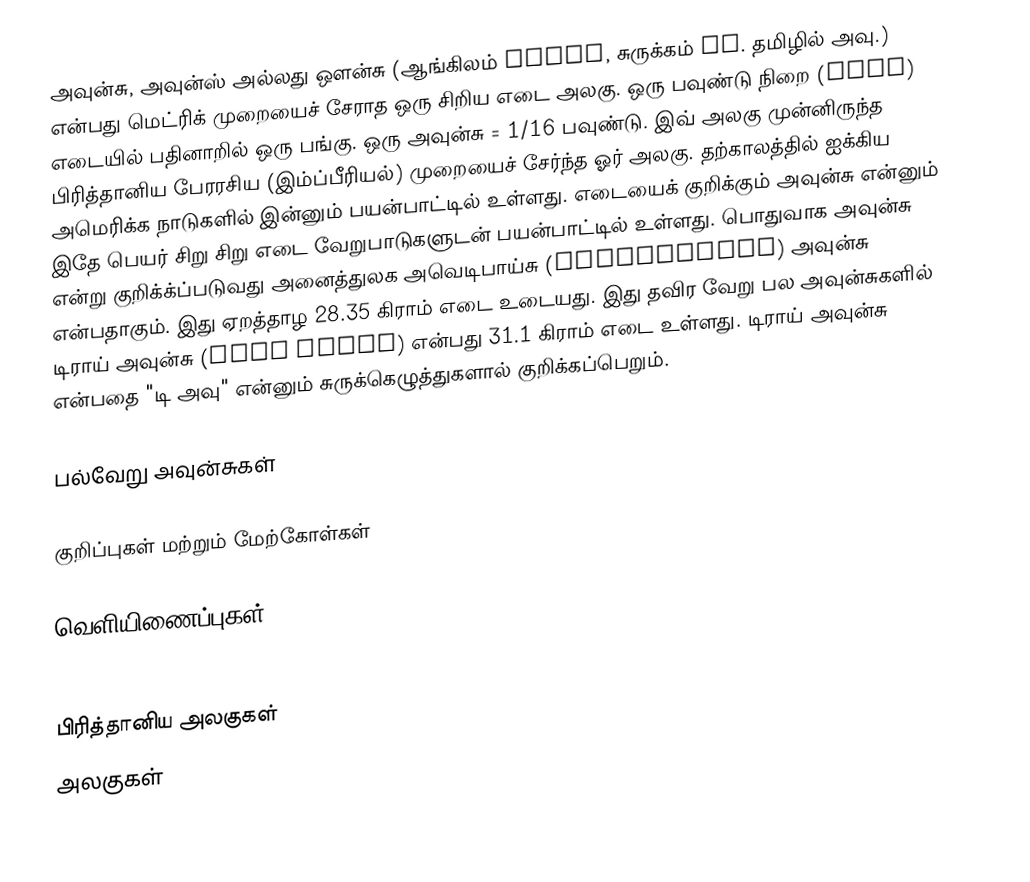
அவுன்சு, அவுன்ஸ் அல்லது ஔன்சு (ஆங்கிலம் ounce, சுருக்கம் oz. தமிழில் அவு.) என்பது மெட்ரிக் முறையைச் சேராத ஒரு சிறிய எடை அலகு. ஒரு பவுண்டு நிறை (mass) எடையில் பதினாறில் ஒரு பங்கு. ஒரு அவுன்சு = 1/16 பவுண்டு. இவ் அலகு முன்னிருந்த பிரித்தானிய பேரரசிய (இம்ப்பீரியல்) முறையைச் சேர்ந்த ஓர் அலகு. தற்காலத்தில் ஐக்கிய அமெரிக்க நாடுகளில் இன்னும் பயன்பாட்டில் உள்ளது. எடையைக் குறிக்கும் அவுன்சு என்னும் இதே பெயர் சிறு சிறு எடை வேறுபாடுகளுடன் பயன்பாட்டில் உள்ளது. பொதுவாக அவுன்சு என்று குறிக்க்ப்படுவது அனைத்துலக அவெடிபாய்சு (avoirdupois) அவுன்சு என்பதாகும். இது ஏறத்தாழ 28.35 கிராம் எடை உடையது. இது தவிர வேறு பல அவுன்சுகளில் டிராய் அவுன்சு (Troy ounce) என்பது 31.1 கிராம் எடை உள்ளது. டிராய் அவுன்சு என்பதை "டி அவு" என்னும் சுருக்கெழுத்துகளால் குறிக்கப்பெறும்.

பல்வேறு அவுன்சுகள்

குறிப்புகள் மற்றும் மேற்கோள்கள்

வெளியிணைப்புகள்
 Dictionary of Units: Ounce

பிரித்தானிய அலகுகள்
அலகுகள்